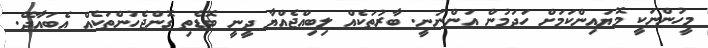
މީހުންނަކީ މޮޔައިންކަމަށް ހަދަމުން އަންނަނީ. ބާރުތަކެއް ލިބިއްޖެއްޔާ ދީނީ ބޮޑެތި ގޮންޖެހުންތަކެއް އެބައާދޭ.